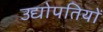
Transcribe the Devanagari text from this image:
उद्योपतियों